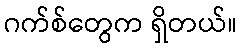
ဂက်စ်တွေက ရှိတယ်။